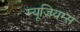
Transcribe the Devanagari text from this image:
म्यूज़ियम्स